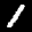
Label: 1